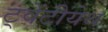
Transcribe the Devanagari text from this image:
ट्वेंटीयेथ